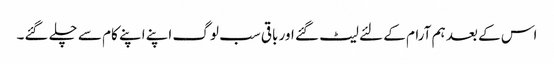
اس کے بعد ہم آرام کے لئے لیٹ گئے اور باقی سب لوگ اپنے اپنے کام سے چلے گئے۔